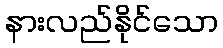
နားလည်နိုင်သော